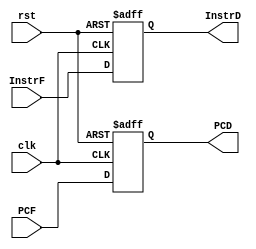
`timescale 1ns / 1ps
//////////////////////////////////////////////////////////////////////////////////
// Company: 
// Engineer: 
// 
// Design Name: 
// Module Name: REG_1
// Project Name: 
// Target Devices: 
// Tool Versions: 
// Description: 
// 
// Dependencies: 
// 
// Revision:
// Revision 0.01 - File Created
// Additional Comments:
// 
//////////////////////////////////////////////////////////////////////////////////
module REG_1(
    input clk,
    input rst,
    input [31:0] InstrF, 
    input [31:0] PCF,
    output reg [31:0] InstrD, 
    output reg [31:0] PCD
    );

    always @(posedge clk or posedge rst) begin
        if (rst) begin
            InstrD <= 32'd0;
            PCD <= 32'd0;
        end else begin
            InstrD <= InstrF;
            PCD <= PCF;
        end
    end
endmodule